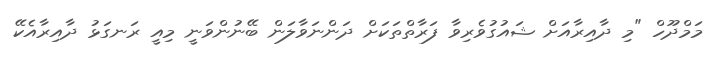
މަމްދޫހް "މި ދާއިރާއަށް ޝައުގުވެރިވާ ފަރާތްތަކަށް ދަންނަވާލަން ބޭނުންވަނީ މިއީ ރަނގަޅު ދާއިރާއެކޭ